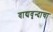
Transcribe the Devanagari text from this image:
वाद्यवृन्दाचा